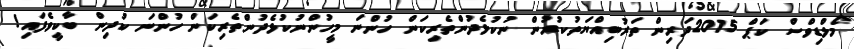
މޯލްޑިވްސް ކަޕް 2015ދަރިން ތަރުބިއްޔަތުކުރުން ނުކުޅެދުންތެރިކަން ހުންނަ މީހުންނުކުޅެދުންތެރިކަން ހުންނަ ކުދިން ބާކީވެފައި!